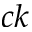
c k